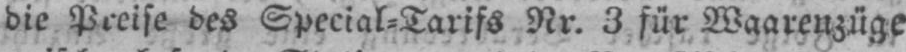
die Preise des Special⸗Tarifs Nr. 3 für Waarenzüge